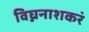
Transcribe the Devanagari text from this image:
विघ्ननाशकरं